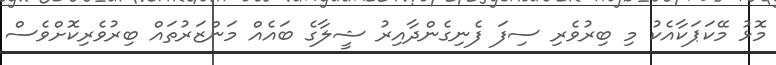
މޮޅު މޭކަޕަކާއެކު މި ބިރުވެރި ސިފަ ފެނިގެންދާއިރު ޝީލާގެ ބައެއް މަންޒަރުތައް ބިރުވެރިކޮށްވެސް